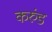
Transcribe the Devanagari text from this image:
करुंड